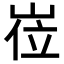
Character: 𡸏